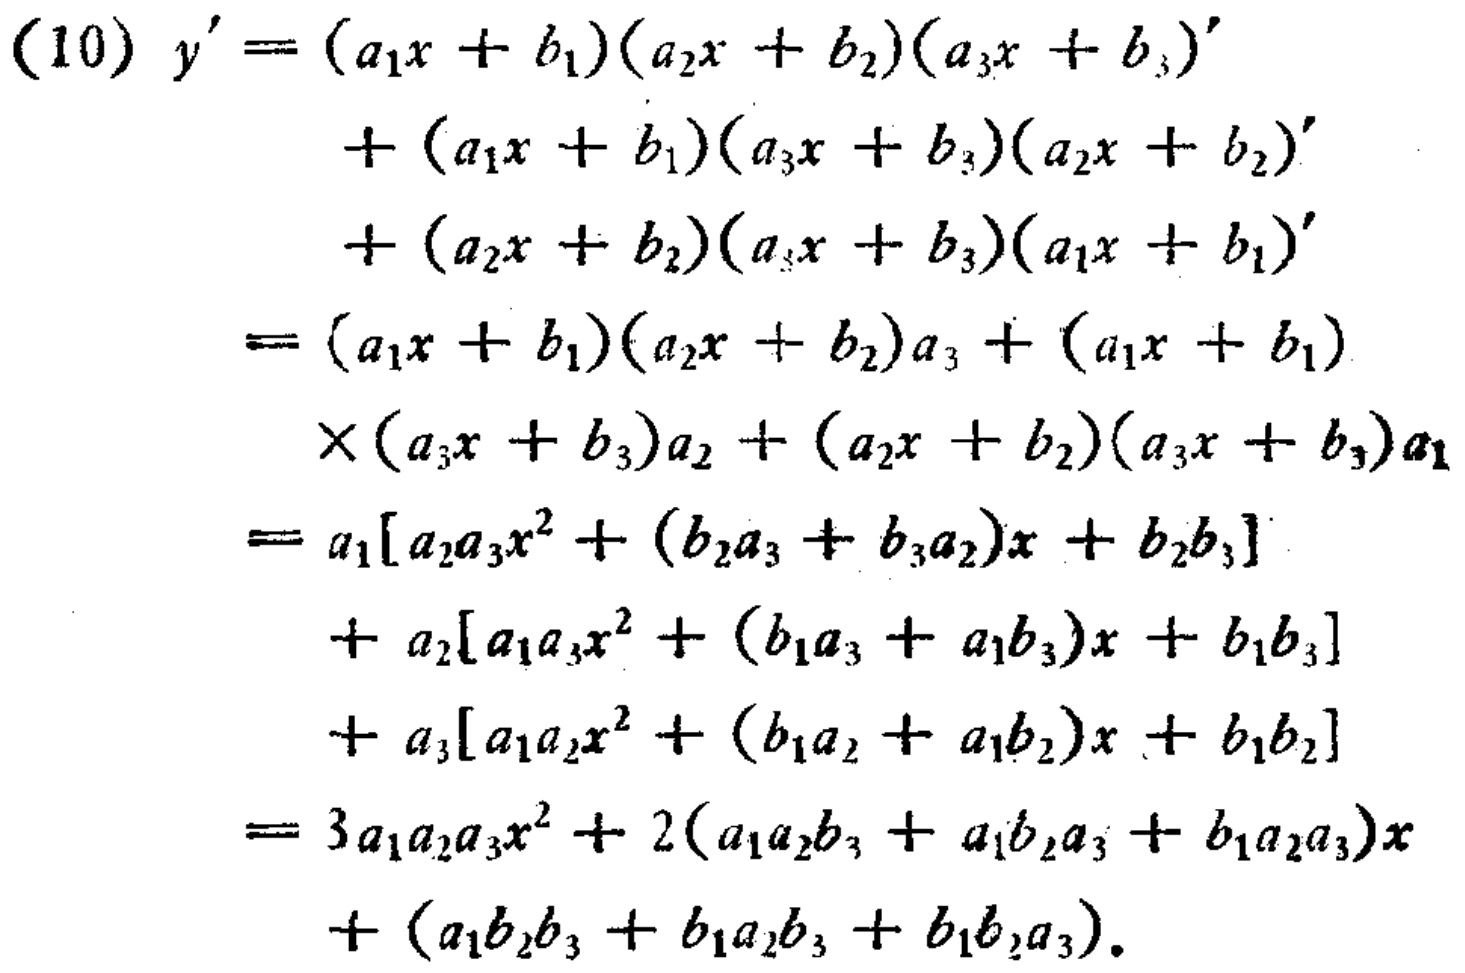
\begin{align*}
(10)\ y'=&(a_1x + b_1)(a_2x + b_2)(a_3x + b_3)' \\
&+(a_1x + b_1)(a_3x + b_3)(a_2x + b_2)' \\
&+(a_2x + b_2)(a_3x + b_3)(a_1x + b_1)' \\
=&(a_1x + b_1)(a_2x + b_2)a_3 + (a_1x + b_1)\\
&\times(a_3x + b_3)a_2 + (a_2x + b_2)(a_3x + b_3)a_1\\
=&a_1[a_2a_3x^2 + (b_2a_3 + b_3a_2)x + b_2b_3]\\
&+ a_2[a_1a_3x^2 + (b_1a_3 + a_1b_3)x + b_1b_3]\\
&+ a_3[a_1a_2x^2 + (b_1a_2 + a_1b_2)x + b_1b_2]\\
=&3a_1a_2a_3x^2 + 2(a_1a_2b_3 + a_1b_2a_3 + b_1a_2a_3)x\\
&+ (a_1b_2b_3 + b_1a_2b_3 + b_1b_2a_3).
\end{align*}